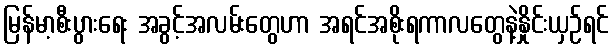
မြန်မာ့စီးပွားရေး အခွင့်အလမ်းတွေဟာ အရင်အစိုးရကာလတွေနဲ့နှိုင်းယှဉ်ရင်